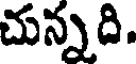
చున్నది.